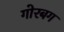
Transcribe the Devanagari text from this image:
गोरबग